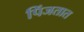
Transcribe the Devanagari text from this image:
पिंजतात